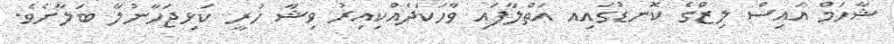
ޝާހަމް އައިސް ލިޒްގެ ކޮނޑުގައިއ އަތްލާފައި ވާހަކަދެއްކިއިރު ވިޝާ ހުރީ ކަޅިޖަހާނުލާ ބަލާށެވެ.